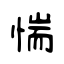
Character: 惴